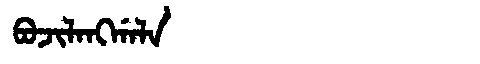
Manchu: ᠪᠣᠵᡳᠯᠠᠩᡤᠠᠯᠠ
Romanization: BOJILANGGALA